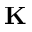
\mathbf { K }